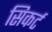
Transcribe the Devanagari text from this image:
सिकर्ट